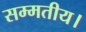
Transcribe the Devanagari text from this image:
सम्मतीय।